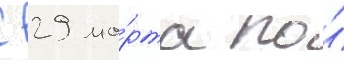
С 29 ма́рта по́